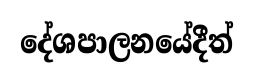
දේශපාලනයේදීත්